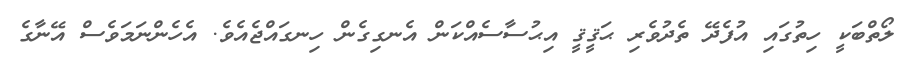
ލޯތްބަކީ ހިތުގައި އުފެދޭ ތެދުވެރި ޙަޤީޤީ އިޙުސާސެއްކަން އެނގިގެން ހިނގައްޖެއެވެ. އެހެންނަމަވެސް އޭނާގެ